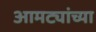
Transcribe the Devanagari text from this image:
आमट्यांच्या